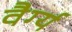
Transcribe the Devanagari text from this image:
वैर्ग्य